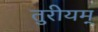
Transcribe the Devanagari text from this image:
तुरीयम्